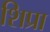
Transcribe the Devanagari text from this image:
शिप्रा